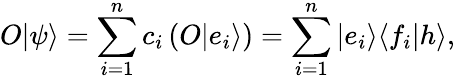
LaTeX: O|\psi\rangle=\sum_{i=1}^{n}c_{i}\left(O|e_{i}\rangle\right)=\sum_{i=1}^{n}|e_{i}\rangle\langle f_{i}|h\rangle,